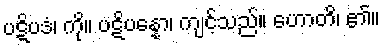
ပဋိပဒံ၊ ကို။ ပဋိပန္နော၊ ကျင့်သည်။ ဟောတိ၊ ၏။